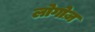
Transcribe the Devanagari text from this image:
लोगोज़